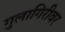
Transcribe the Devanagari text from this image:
गुलागिरीवर